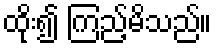
ထိုး၍ ကြည့်မိသည်။